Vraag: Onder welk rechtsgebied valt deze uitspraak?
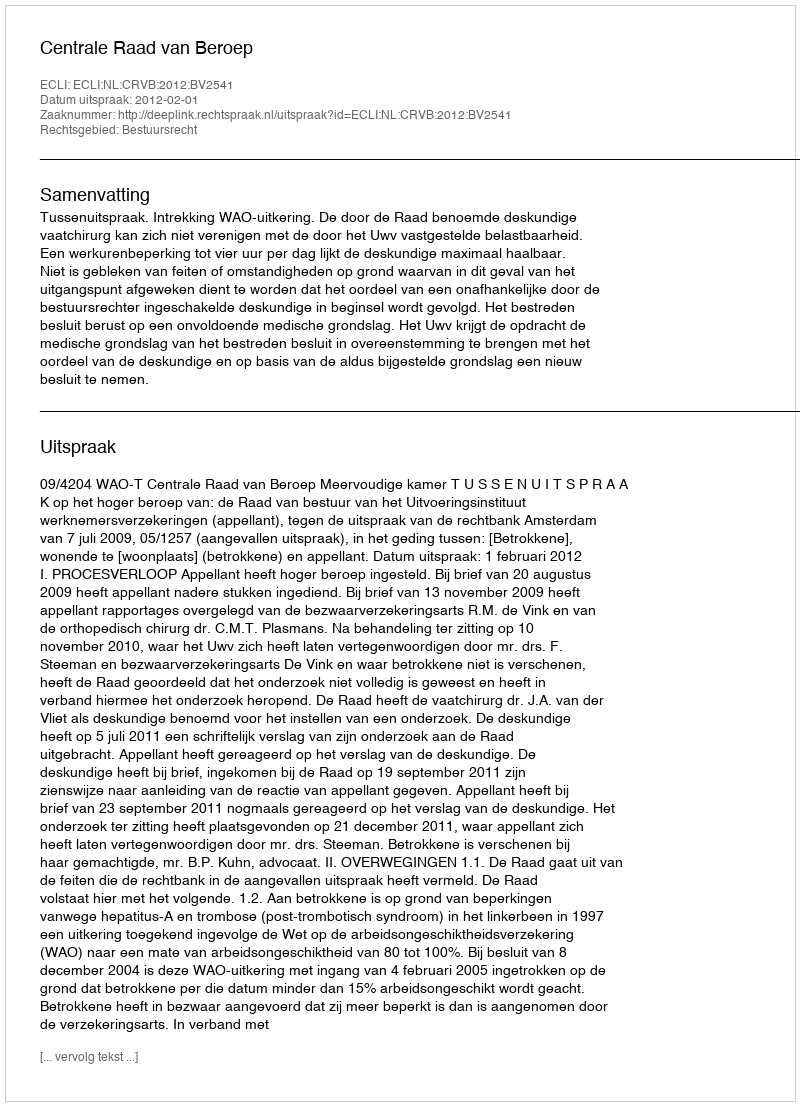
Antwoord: Bestuursrecht